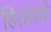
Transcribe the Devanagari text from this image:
हिरासती